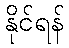
နိုင်ရန်